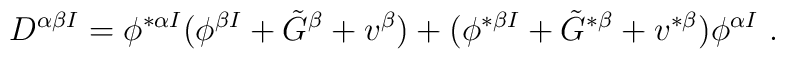
D^{\alpha \beta I} = \phi ^{*  \alpha I} (  \phi^{  \beta I} + \tilde {G}^\beta+ v^\beta) + (\phi ^{*  \beta I} + \tilde {G}^{* \beta} + v^{*\beta}) \phi ^{ \alpha I}\ .